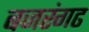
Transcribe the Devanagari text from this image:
बजरंगढ